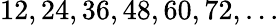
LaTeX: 12,24,36,48,60,72,...